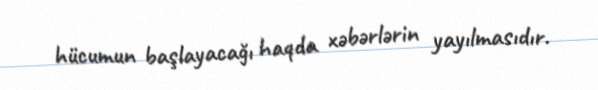
hücumun başlayacağı haqda xəbərlərin yayılmasıdır.